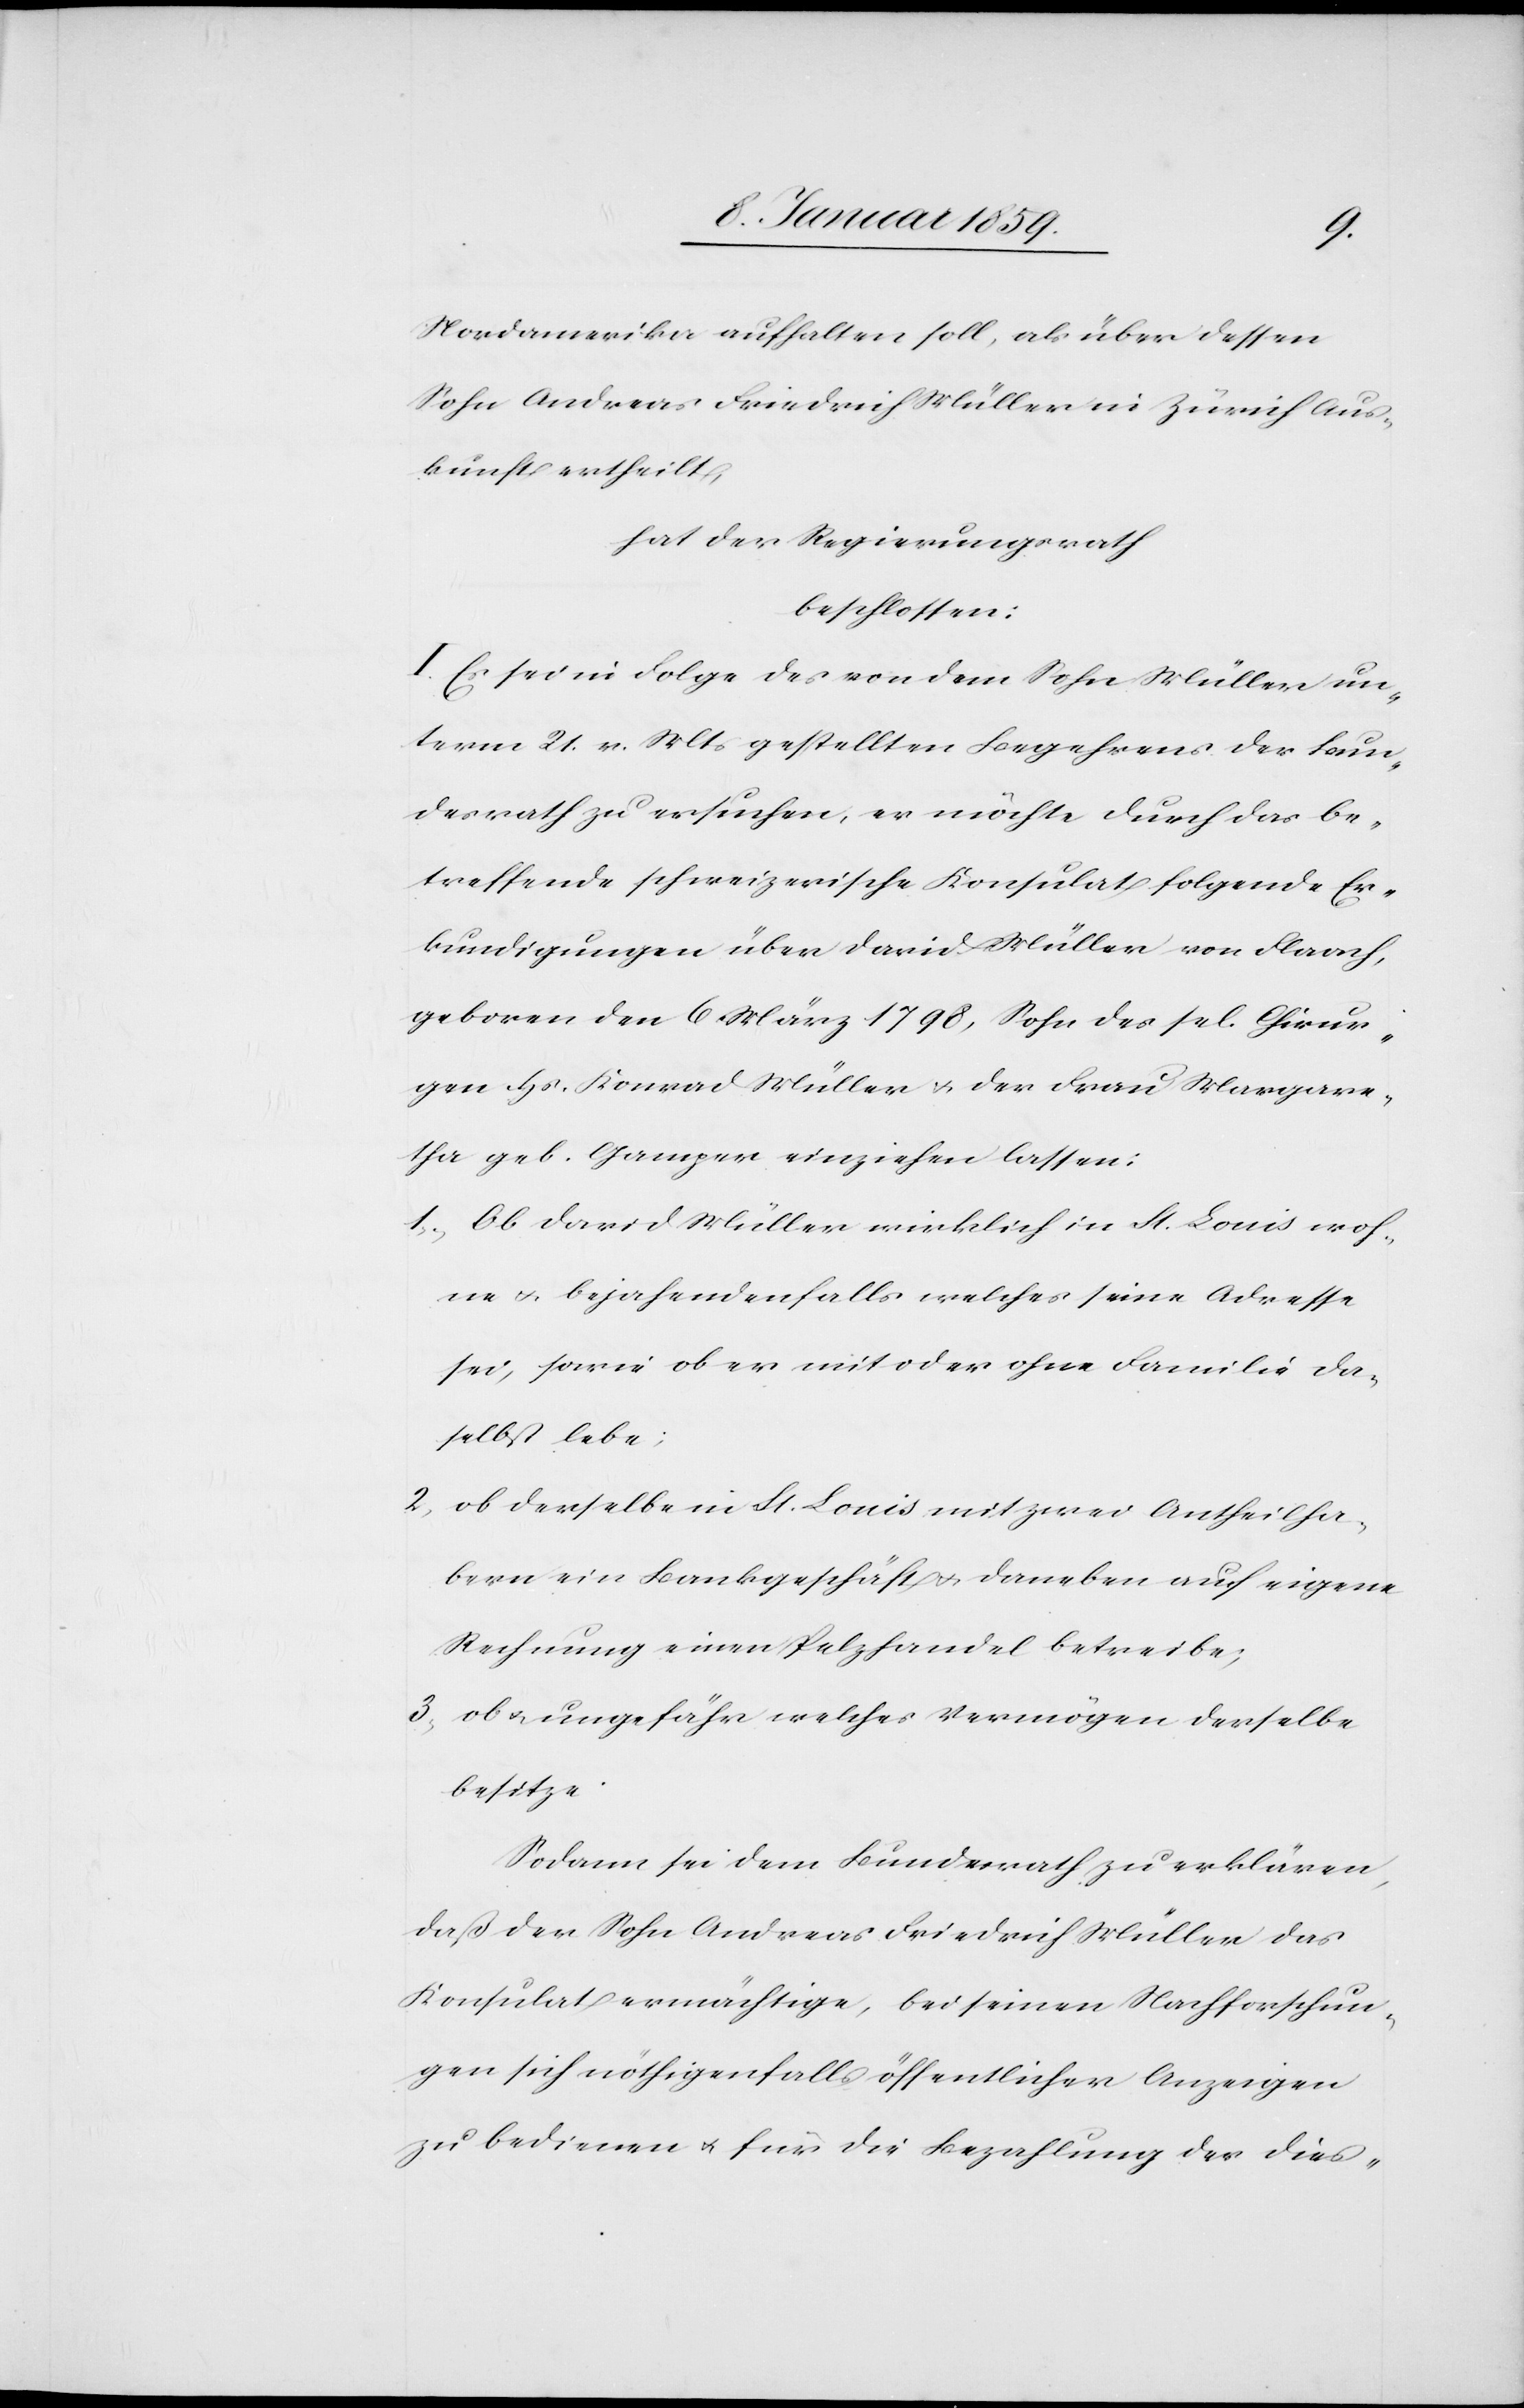
Nordamerika aufhalten soll, als über dessen
Sohn Andreas Friedrich Müller in Zürich Aus¬
kunft ertheilt,
hat der Regierungsrath
beschlossen:
I. Es sei in Folge des von dem Sohn Müller un¬
term 21. v. Mts gestellten Begehrens der Bun¬
desrath zu ersuchen, er möchte durch das be¬
treffende schweizerische Konsulat folgende Er¬
kundigungen über Daniel Müller von Flaach,
geboren den 6 März 1798, Sohn des sel. Chirur¬
gen Hs. Konrad Müller u. der Frau Margare¬
tha geb. Gamper einziehen lassen:
1. Ob David Müller wirklich in St. Louis woh¬
ne u. bejahendenfalls welches seine Adresse
sei, sowie ob er mit oder ohne Familie da¬
selbst lebe;
2. ob derselbe in St. Louis mit zwei Antheilha¬
bern ein Bankgeschäft u. daneben auf eigene
Rechnung einen Pelzhandel betreibe;
3. ob u. ungefähr welches Vermögen derselbe
besitze.
Sodann sei dem Bundesrath zu erklären,
daß der Sohn Andreas Friedrich Müller das
Konsulat ermächtige, bei seinen Nachforschun¬
gen sich nöthigenfalls öffentlichen Anzeigen
zu bedienen u. für die Bezahlung der dies-